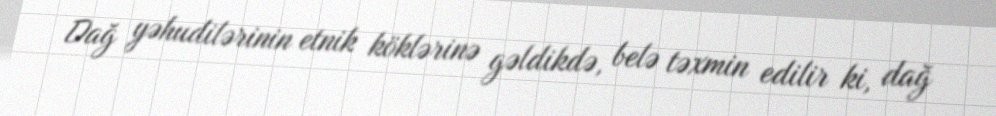
Dağ yəhudilərinin etnik köklərinə gəldikdə, belə təxmin edilir ki, dağ